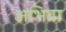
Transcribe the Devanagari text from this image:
अभिवा